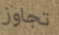
تجاوز